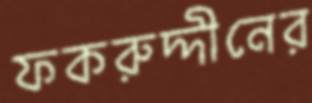
ফকরুদ্দীনের